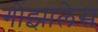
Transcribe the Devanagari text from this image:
गोंझालेस